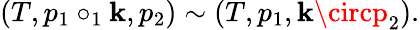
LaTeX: (T,p_{1}\circ_{1}\mathbf{k},p_{2})\sim(T,p_{1},\mathbf{k}\circp_{2}).